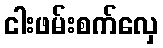
ငါးဖမ်းစက်လှေ